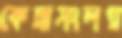
কেল্লাসংলগ্ন